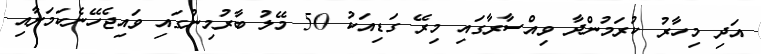
އަދި މިހާރު ކުރަމުންދާ ވިއްސާރާގައި މިރޭ ގަޑިއަކު 50 މޭލު ބާރުމިނުގައި ވައިޖެހޭނެކަމަށާއި